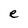
Character: e